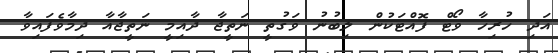
އަދި ހުރިހާ ވޯޓް ފޮއްޓަކުން ލިބުނު ވަގުތީ ނަތީޖާ ދާއިމީ ނަތީޖާއާ ދިމާވެފައިވާ